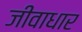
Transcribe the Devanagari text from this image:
जीवाधार